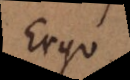
Ergo